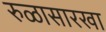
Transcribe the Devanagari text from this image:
रुळासारखा